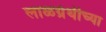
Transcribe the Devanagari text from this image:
लाळग्रंथीच्या